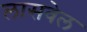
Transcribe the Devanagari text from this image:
लासवेल